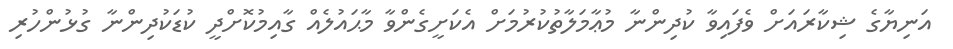
އަނިޔާގެ ޝިކާރައަށް ވެފައިވާ ކުދިންނާ މުޢާމަލާތުކުރުމަށް އެކަށީގެންވާ މާޙައުލެއް ގާއިމުކޮށްދީ ކުޑަކުދިންނާ ގުޅުންހުރި